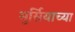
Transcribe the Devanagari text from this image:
मुर्सियाच्या